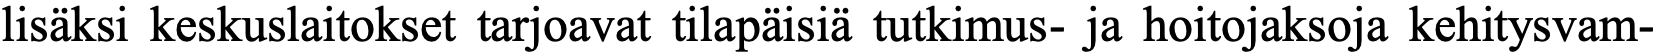
lisäksi keskuslaitokset tarjoavat tilapäisiä tutkimus- ja hoitojaksoja kehitysvam-